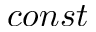
c o n s t